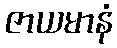
ဇာယမာနံ